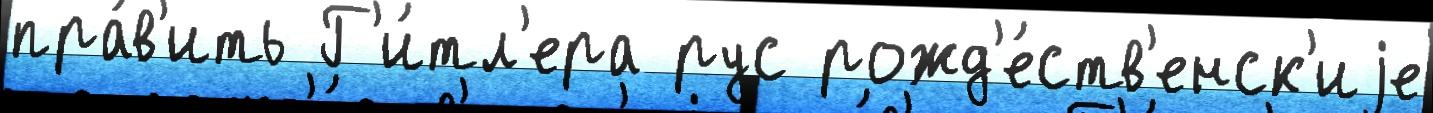
пра́в'ить Г'и́тл'ера рус рожд'е́ств'енск'иjе